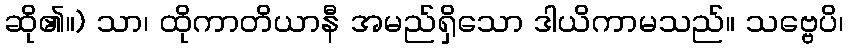
ဆို၏။) သာ၊ ထိုကာတိယာနီ အမည်ရှိသော ဒါယိကာမသည်။ သဗ္ဗေပိ၊